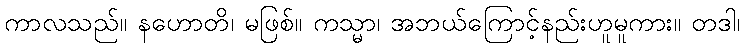
ကာလသည်။ နဟောတိ၊ မဖြစ်။ ကသ္မာ၊ အဘယ်ကြောင့်နည်းဟူမူကား။ တဒါ၊